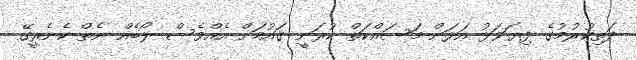
ދަތިކުރުމުގެ ފިޔަވަޅު އަޅަން މަސައްކަތް ކުރަނީ ޤައުމަށް އެއްވެސް ލޯބެއް ނެތް ކެނެރީގޭ